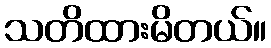
သတိထားမိတယ်။